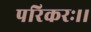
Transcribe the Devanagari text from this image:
परिकरः।।